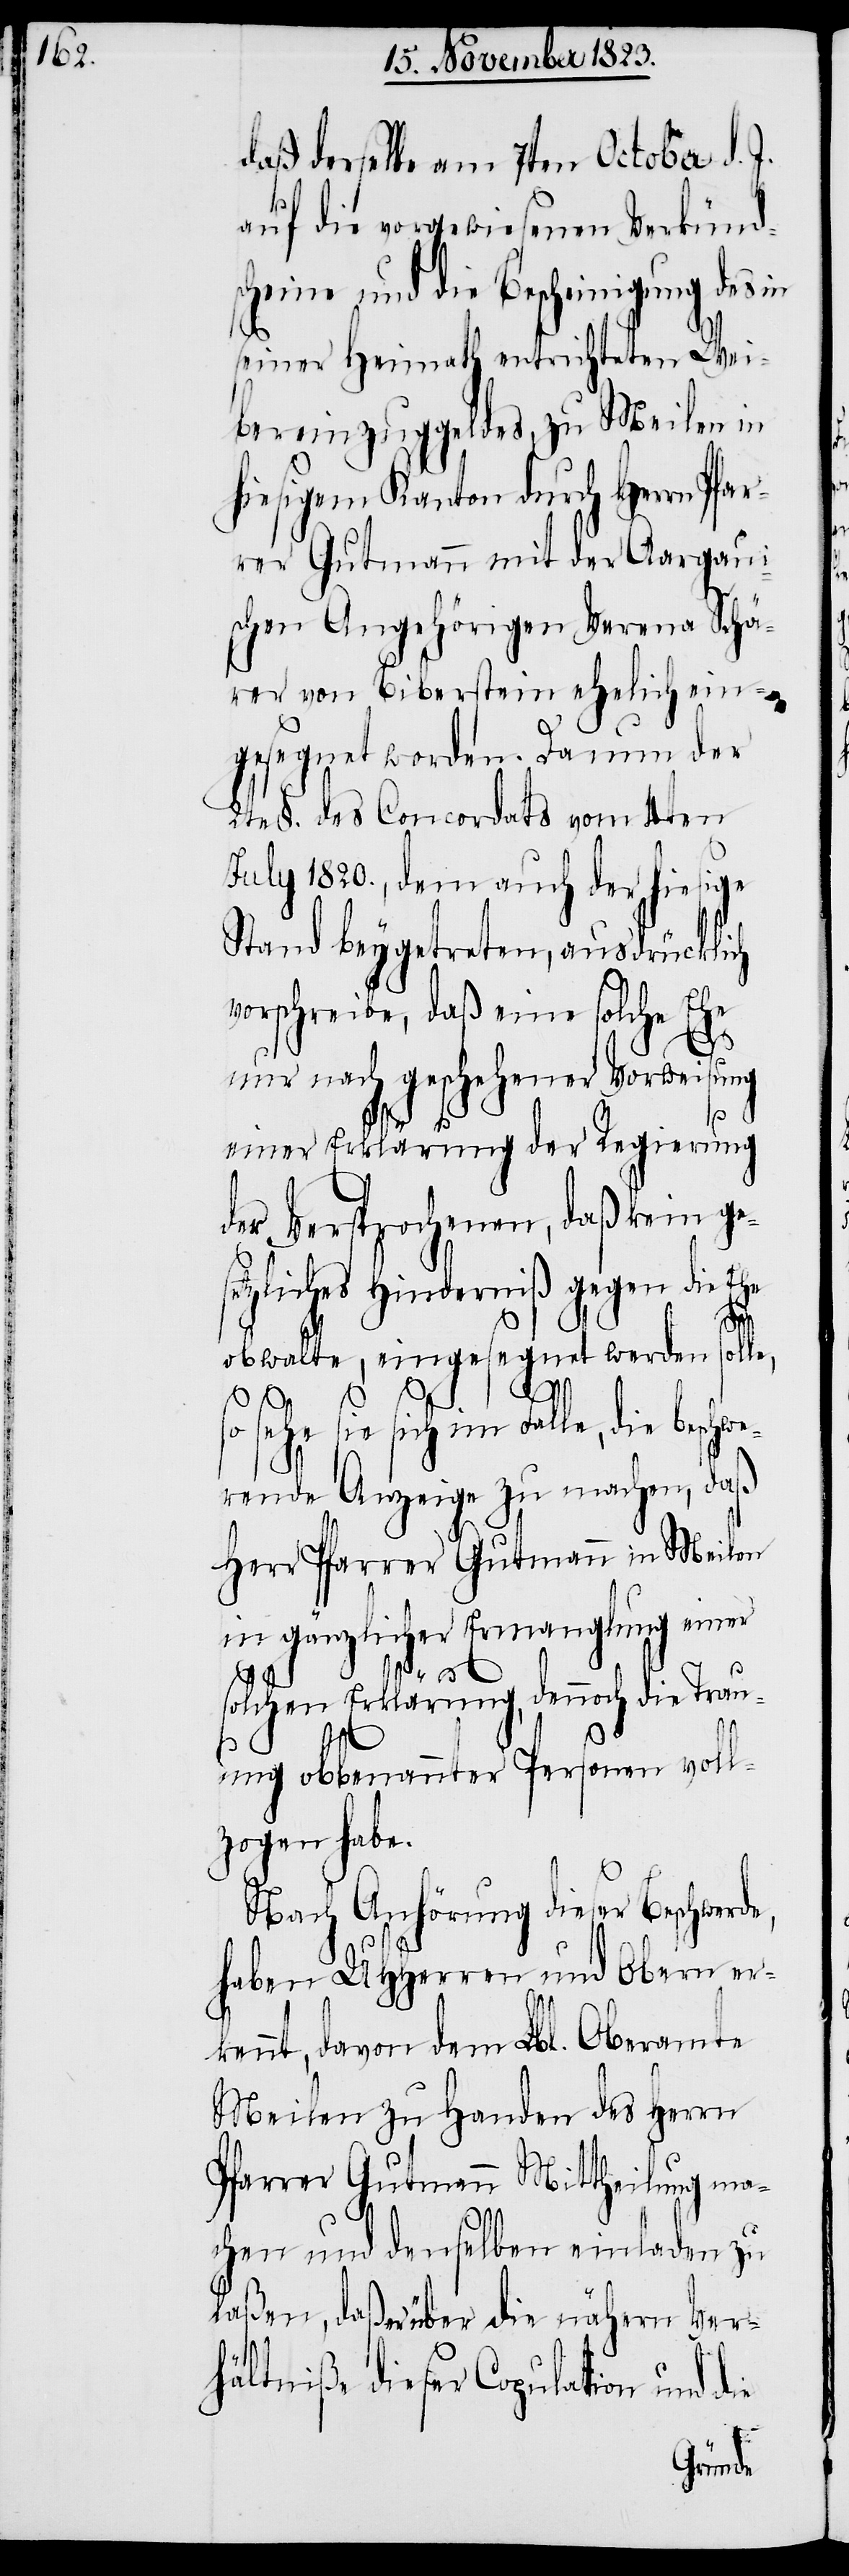
daß derselbe am 7ten October d. J.
auf die vorgewiesenen Verkünds¬
cheine und die Bescheinigung des in
seiner Heimath entrichteten Wei¬
bereinzuggeldes, zu Meilen in
hiesigem Kanton durch Herrn Pfar¬
rer Gutmann mit der Aargaui¬
schen Angehörigen Verena Schä¬
rer von Biberstein ehelich ein¬
gesegnet worden. Darum der
2te §. des Concordats vom 4ten
July 1820., dem auch der hiesige
Stand beygetreten, ausdrücklich
vorschreibe, daß eine solche Ehe
nur nach geschehener Vorweisung
einer Erklärung der Regierung
der Versprochenen, daß kein ge¬
setzliches Hinderniß gegen die Ehe
obwalte, eingesegnet werden solle,
sehe sie sich im Falle, die beschw¬
erende Anzeige zu machen, daß
Herr Pfarrer Gutmann in Meilen
in gänzlicher Ermanglung einer
e,
solchen Erklärung, dennoch die Trau¬
ung obbenannter Personen voll¬
zogen habe.
Nach Anhörung dieser Beschwerd¬
haben UHHerren und Obern er¬
kennt, davon dem Lbl. Oberamte
Meilen zu Handen des Herrn
Pfarrer Gutmann Mittheilung ma¬
chen und denselben einladen zu
laßen, daß er über die nähern Ver¬
hältniße dieser Copulation und die